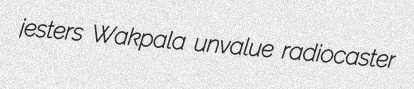
jesters Wakpala unvalue radiocaster